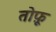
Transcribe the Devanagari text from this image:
तोफ़ू